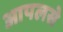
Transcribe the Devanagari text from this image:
आपलसे